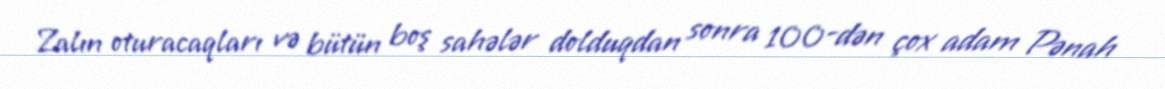
Zalın oturacaqları və bütün boş sahələr dolduqdan sonra 100-dən çox adam Pənah